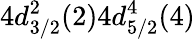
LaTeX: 4d_{3/2}^{2}(2)4d_{5/2}^{4}(4)